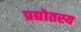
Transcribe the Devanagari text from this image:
प्रद्योतस्य